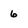
Character: 6